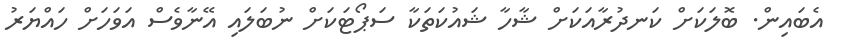
އެބައިން. ބޮލަކަށް ކަނދުރާއަކަށް ޝާހާ ޝައުކަތަކާ ސަޕޯޓަކަށް ނުބަލައި އޭނާވެސް އަވަހަށް ހައްޔަރު